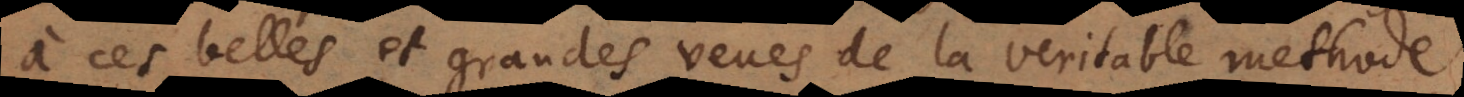
à ces belles et grandes veues de la veritable methode